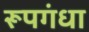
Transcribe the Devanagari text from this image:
रूपगंधा